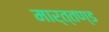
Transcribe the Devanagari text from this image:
मार्त्तण्ड